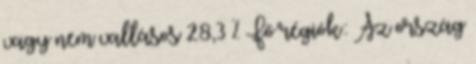
vagy nem vallásos 28,3 % Fő régiók: Az ország